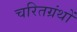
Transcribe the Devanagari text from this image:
चरितग्रंथों